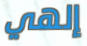
إلهي